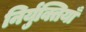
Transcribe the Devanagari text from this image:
निर्युक्तियाँ